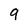
Character: q